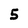
Character: 5